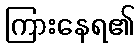
ကြားနေရ၏